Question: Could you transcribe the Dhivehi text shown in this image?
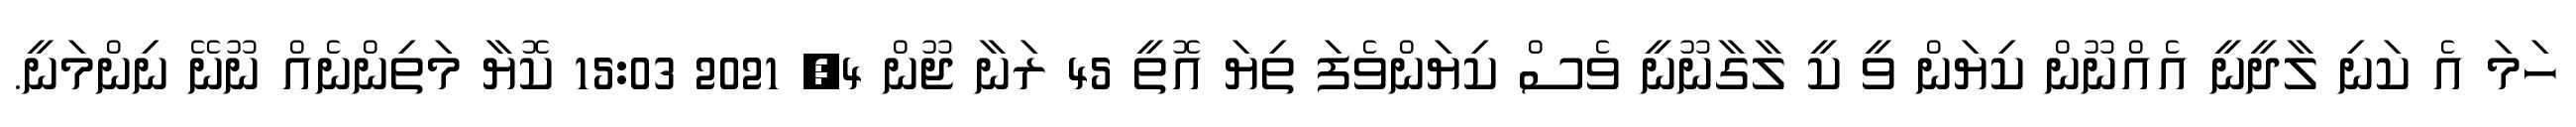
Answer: ހަމަ އެ ކަނި ލާދީނީ އެއްނޫން ކިޔަން ވީ ކީ ލާގާނޫނީ ވެސް ކިޔަންވެފަ ތިޔަ އޮތީ 45 ރަނާ ޖޫން 4, 2021 15:03 ކޮޔާ މަތިންނެއް ނޫނޭ ނިންމަނީ.